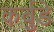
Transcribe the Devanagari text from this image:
कर्बुडे